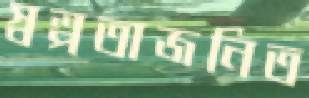
স্বল্পতাজনিত